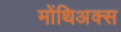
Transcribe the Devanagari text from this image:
मोंथिअक्स